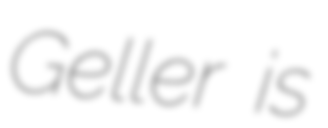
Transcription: Geller is